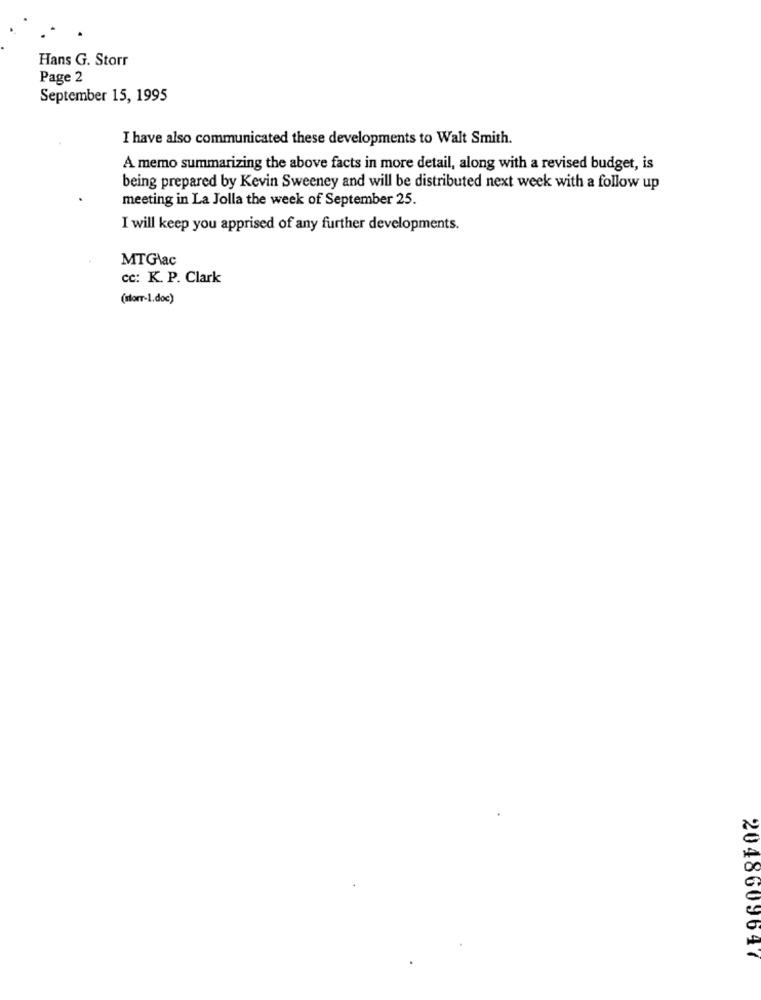
Hans G. Storr
Page 2
September 15, 1995
I have also communicated these developments to Walt Smith.
A memo summarizing the above facts in more detail, along with a revised budget, is
being prepared by Kevin Sweeney and will be distributed next week with a follow up
meeting in La Jolla the week of September 25.
I will keep you apprised of any further developments.
MTGac
cc: K. P. Clark
(slorr-1.doc)
2048609647